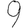
Digit: 9